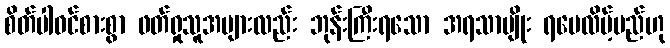
စိတ်ပါဝင်စားစွာ ဖတ်ရှုသူအများလည်း ဘုန်းကြီးရသော အရသာမျိုး ရပေလိမ့်မည်ဟု